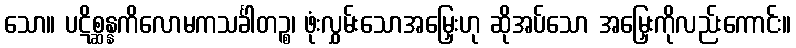
သော။ ပဋိစ္ဆန္နကိလောမကသင်္ခါတဉ္စ၊ ဖုံးလွှမ်းသောအမြှေးဟု ဆိုအပ်သော အမြှေးကိုလည်းကောင်း။